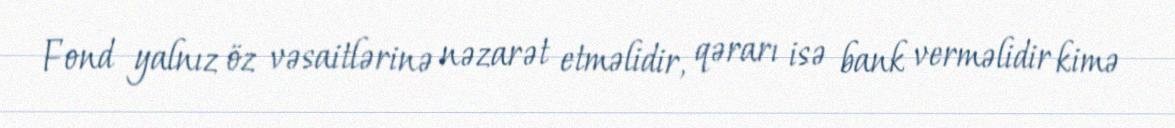
Fond yalnız öz vəsaitlərinə nəzarət etməlidir, qərarı isə bank verməlidir kimə